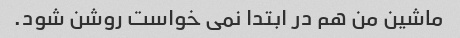
ماشین من هم در ابتدا نمی خواست روشن شود.